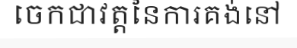
ចេកជាវត្តនៃការគង់នៅ